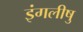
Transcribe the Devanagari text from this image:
इंगलीषु